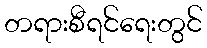
တရားစီရင်ရေးတွင်